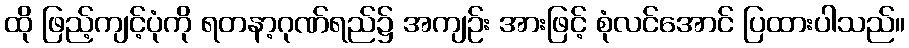
ထို ဖြည့်ကျင့်ပုံကို ရတနာ့ဂုဏ်ရည်၌ အကျဉ်း အားဖြင့် စုံလင်အောင် ပြထားပါသည်။